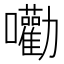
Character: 𡅳